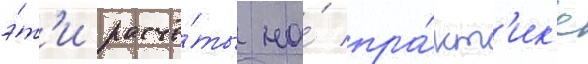
э́т'и расчё́ты на́ пра́кт'ик'е